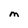
Character: M